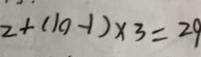
2 + ( 1 0 - 1 ) \times 3 = 2 9